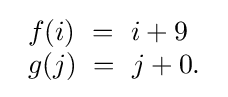
{\begin{array}{lcr}f(i)\ =\ i+9\\g(j)\ =\ j+0.\end{array}}